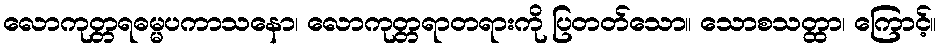
လောကုတ္တရဓမ္မပကာသနော၊ လောကုတ္တရာတရားကို ပြတတ်သော။ သောစသတ္ထာ၊ ကြောင့်။